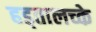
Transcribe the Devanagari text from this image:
हड्तालच्के